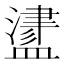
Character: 𥂵